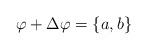
LaTeX: \begin{align*}\varphi+\Delta \varphi = \{a ,b \}\end{align*}